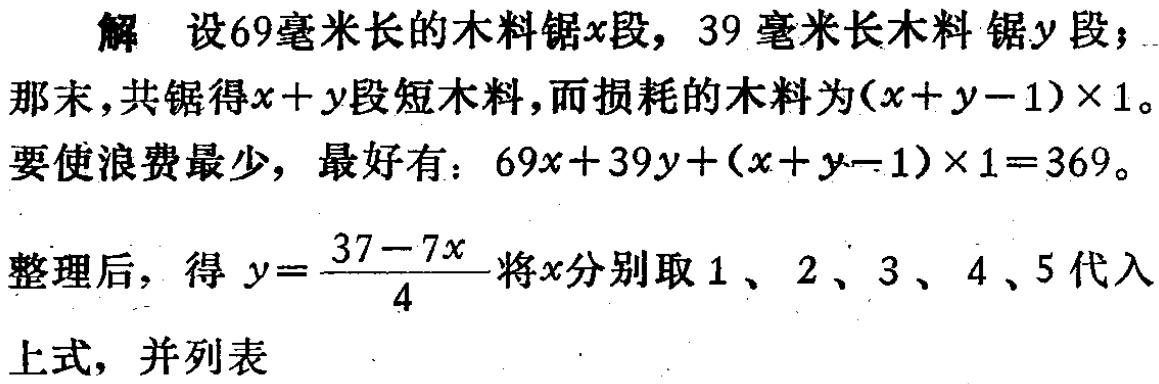
解 设69毫米长的木料锯\(x\)段，39毫米长木料锯\(y\)段；

那末，共锯得\(x + y\)段短木料，而损耗的木料为\((x + y - 1)\times 1\)。

要使浪费最少，最好有：\(69x + 39y + (x + y - 1)\times 1 = 369\)。

整理后，得 \(y = \frac{37 - 7x}{4}\)将\(x\)分别取 \(1\)、\(2\)、\(3\)、\(4\)、\(5\)代入

上式，并列表